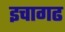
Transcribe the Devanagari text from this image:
इचागढ